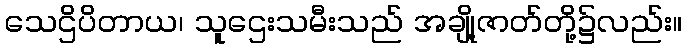
သေဌိပိတာယ၊ သူဌေးသမီးသည် အချို့ဇာတ်တို့၌လည်း။